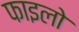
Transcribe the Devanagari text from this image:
फाइलो